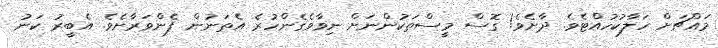
މައްޗަށް ހަލާކުހުއްޓެވެ. ދާށެވެ! ގޮސް މީސްތަކުންނަށް ނިވާވެގެންހުރެ އެތަނުން ފެންވަރާށެވެ. އެބީރު ކަނު